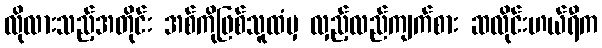
လိုလားသည့်အတိုင်း အစ်ကိုဖြစ်သူထံမှ လှည့်လည်ကျက်စား ဆလိုင်းဟယ်ရီက